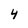
Character: 4